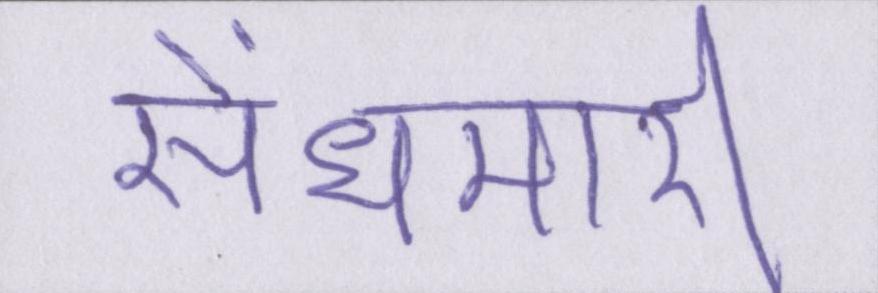
सेंधमारी